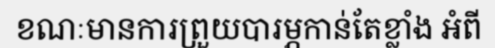
ខណៈមានការព្រួយបារម្ភកាន់តែខ្លាំង អំពី